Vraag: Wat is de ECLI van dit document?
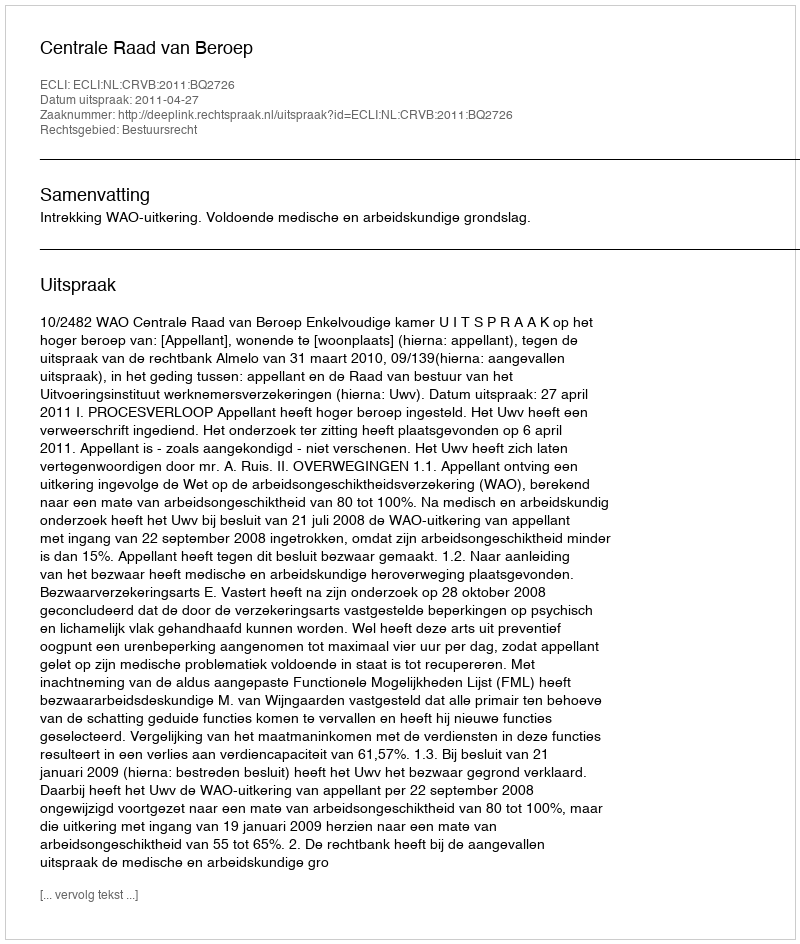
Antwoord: ECLI:NL:CRVB:2011:BQ2726